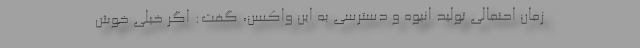
زمان احتمالی تولید انبوه و دسترسی به این واکسن، گفت: اگر خیلی خوش